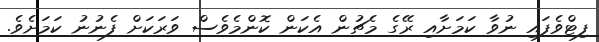
ފިޓްވެފައި ނުވާ ކަމަށާއި ރޭގެ މެޗުން އެކަން ކޮންމެވެސް ވަރަކަށް ފެނުނު ކަމަށެވެ.